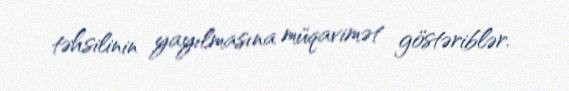
təhsilinin yayılmasına müqavimət göstəriblər.